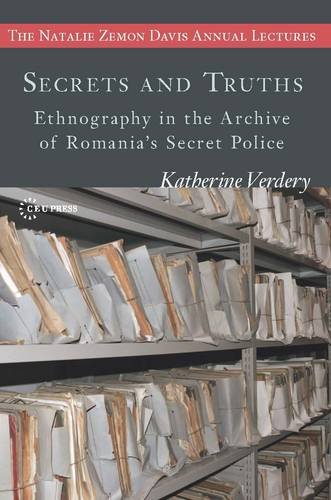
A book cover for Secrets and Truths (Natalie Zemon Davies Annual Lecture Series); Katherine Verdery; History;